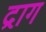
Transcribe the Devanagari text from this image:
द्राग